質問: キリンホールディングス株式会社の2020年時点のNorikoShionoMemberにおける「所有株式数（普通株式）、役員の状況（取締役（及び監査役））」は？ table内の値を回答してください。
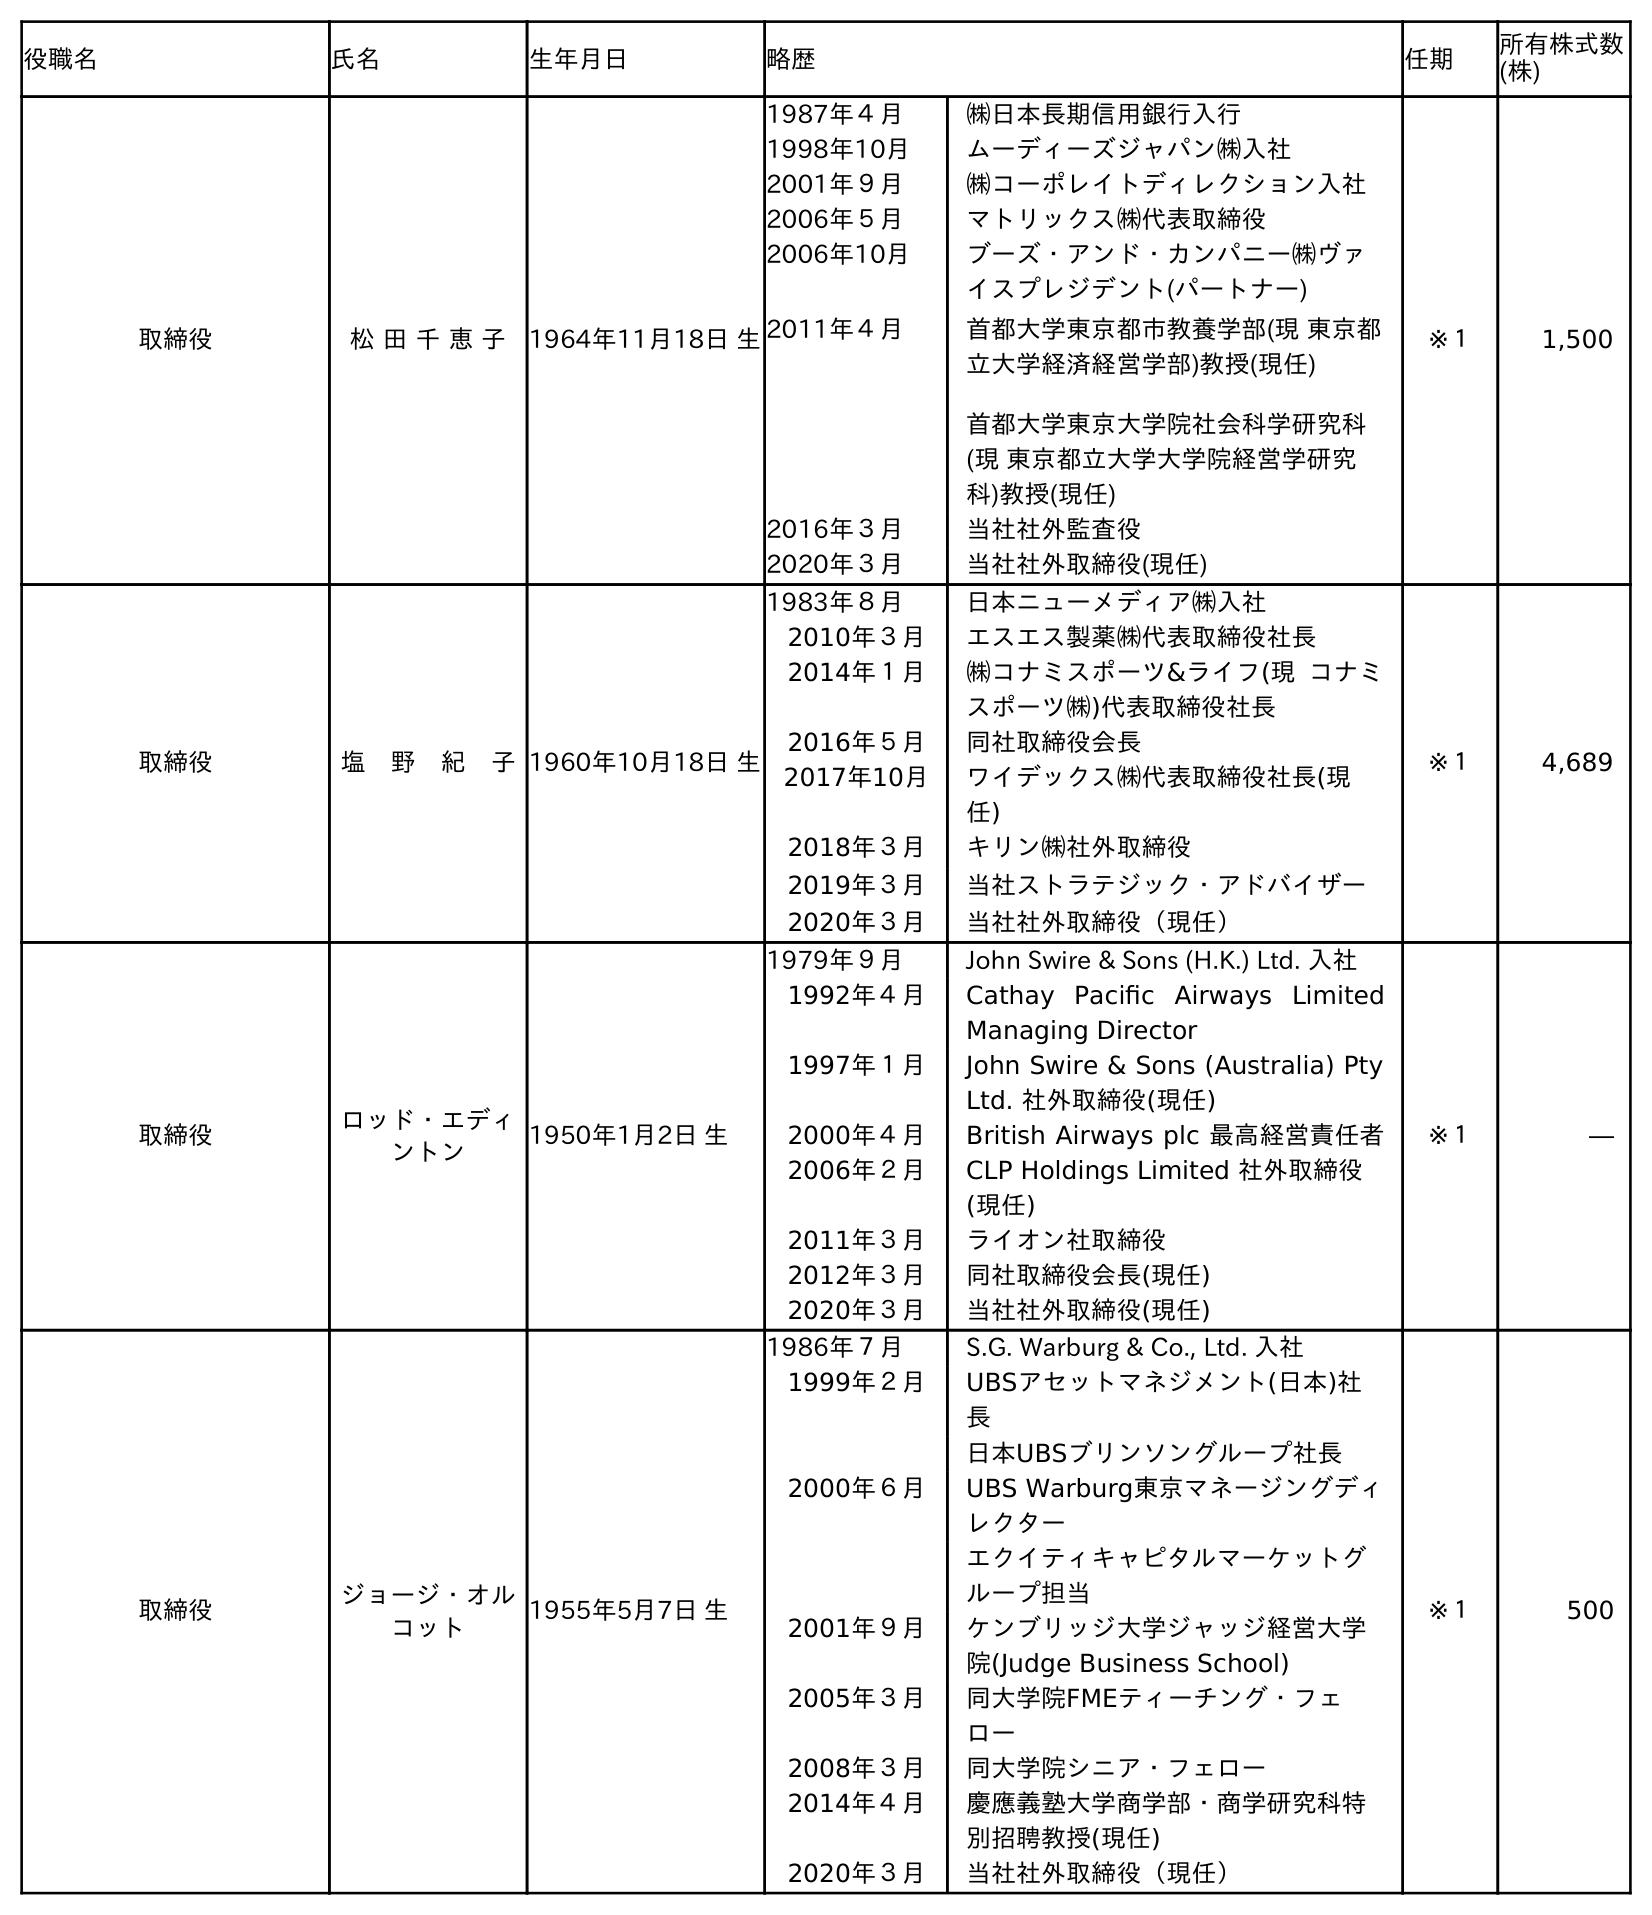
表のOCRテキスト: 役職名 氏名 生年月日 略歴 任期 所有株式数 (株) 取締役 松 田 千 恵 子 1964年11月18日 生 1987年４月 ㈱日本長期信用銀行入行 1998年10月 ムーディーズジャパン㈱入社 2001年９月 ㈱コーポレイトディレクション入社 2006年５月 マトリックス㈱代表取締役 2006年10月 ブーズ・アンド・カンパニー㈱ヴァ イスプレジデント(パートナー) 2011年４月 首都大学東京都市教養学部(現 東京都 立大学経済経営学部)教授(現任) 首都大学東京大学院社会科学研究科 (現 東京都立大学大学院経営学研究 科)教授(現任) 2016年３月 当社社外監査役 2020年３月 当社社外取締役(現任) ※１ 1,500 取締役 塩 野 紀 子1960年10月18日 生 1983年８月 日本ニューメディア㈱入社 2010年３月 エスエス製薬㈱代表取締役社長 2014年１月 ㈱コナミスポーツ&ライフ(現 コナミ スポーツ㈱)代表取締役社長 2016年５月 同社取締役会長 2017年10月 ワイデックス㈱代表取締役社長(現 任) 2018年３月 キリン㈱社外取締役 2019年３月 当社ストラテジック・アドバイザー 2020年３月 当社社外取締役（現任） ※１ 4,689 取締役 ロッド・エディ ントン 1950年1月2日 生 1979年９月 John Swire & Sons (H.K.) Ltd. 入社 1992年４月 Cathay Paciﬁc Airways Limited Managing Director 1997年１月 John Swire & Sons (Australia) Pty Ltd. 社外取締役(現任) 2000年４月 British Airways plc 最高経営責任者 2006年２月 CLP Holdings Limited 社外取締役 (現任) 2011年３月 ライオン社取締役 2012年３月 同社取締役会長(現任) 2020年３月 当社社外取締役(現任) ※１ ― 取締役 ジョージ・オル コット 1955年5月7日 生 1986年７月 S.G. Warburg & Co., Ltd. 入社 1999年２月 UBSアセットマネジメント(日本)社 長 日本UBSブリンソングループ社長 2000年６月 UBS Warburg東京マネージングディ レクター エクイティキャピタルマーケットグ ループ担当 2001年９月 ケンブリッジ大学ジャッジ経営大学 院(Judge Business School) 2005年３月 同大学院FMEティーチング・フェ ロー 2008年３月 同大学院シニア・フェロー 2014年４月 慶應義塾大学商学部・商学研究科特 別招聘教授(現任) 2020年３月 当社社外取締役（現任） ※１ 500
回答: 4,689